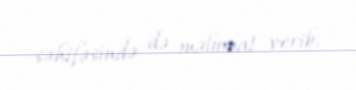
səhifəsində də məlumat verib.